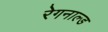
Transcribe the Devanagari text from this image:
रेगनाल्ड